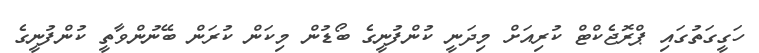
ހަގީގަތުގައި ޕްރޮޖެކްޓް ކުރިއަށް މިދަނީ ކުންފުނީގެ ބޯޑުން މިކަން ކުރަން ބޭނުންވާތީ ކުންފުނީގެ